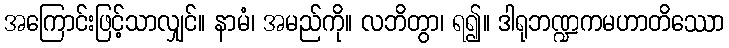
အကြောင်းဖြင့်သာလျှင်။ နာမံ၊ အမည်ကို။ လဘိတွာ၊ ရ၍။ ဒါရုဘဏ္ဍကမဟာတိဿော